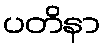
ပတိနာ